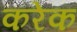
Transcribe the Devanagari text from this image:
करेक